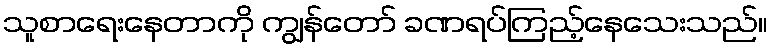
သူစာရေးနေတာကို ကျွန်တော် ခဏရပ်ကြည့်နေသေးသည်။